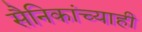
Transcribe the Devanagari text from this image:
सैनिकांच्याही